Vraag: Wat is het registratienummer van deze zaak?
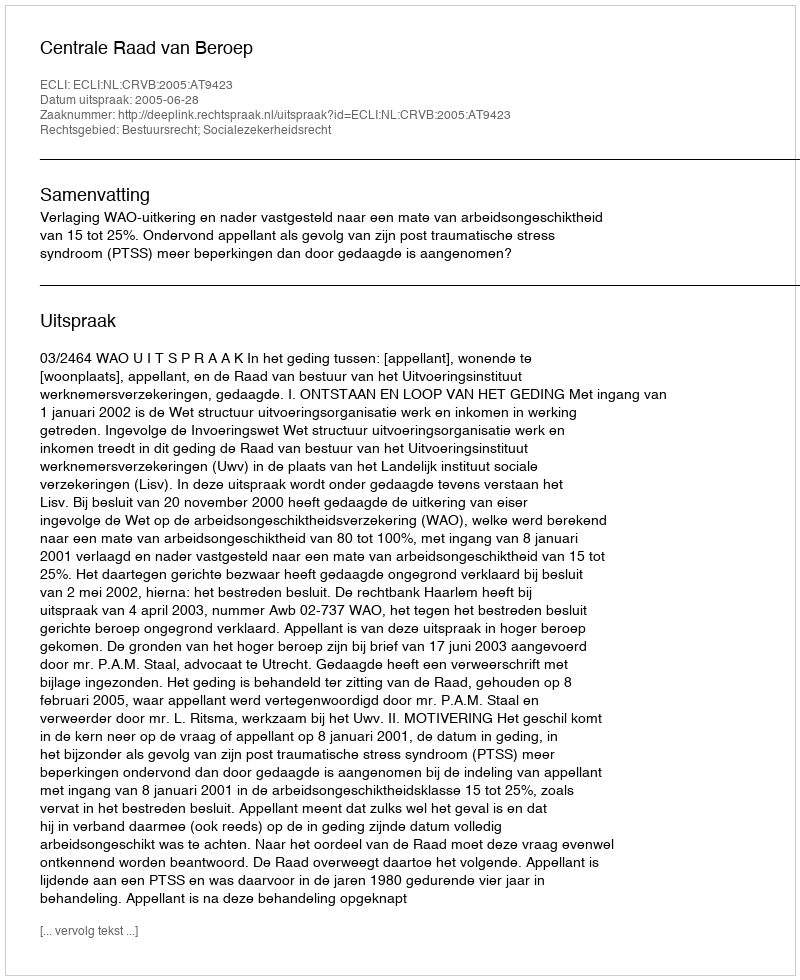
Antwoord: http://deeplink.rechtspraak.nl/uitspraak?id=ECLI:NL:CRVB:2005:AT9423